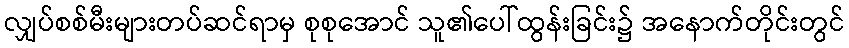
လျှပ်စစ်မီးများတပ်ဆင်ရာမှ စုစုအောင် သူ၏ပေါ်ထွန်းခြင်း၌ အနောက်တိုင်းတွင်